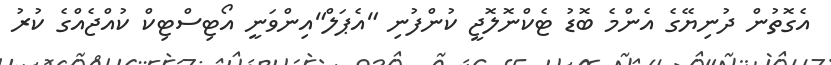
އެގޮތުން ދުނިޔޭގެ އެންމެ ބޮޑު ޓެކްނޮލޮޖީ ކުންފުނި "އެޕަލް"އިންވަނީ އޯޓިސްޓިކް ކުއްޖެއްގެ ކުރު